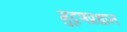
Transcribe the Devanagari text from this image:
मुद्रणप्रधान